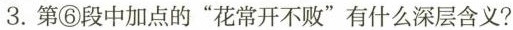
3.第⑥段中加点的”花常开不败”有什么深层含义?